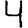
Digit: 4